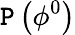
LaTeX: \mathtt{P}\left(\phi^{0}\right)